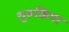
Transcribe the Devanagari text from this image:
शुरूकिया